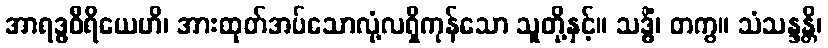
အာရဒ္ဓဝီရိယေဟိ၊ အားထုတ်အပ်သောလုံ့လရှိကုန်သော သူတို့နှင့်။ သဒ္ဓိံ၊ တကွ။ သံသန္ဒန္တိ၊